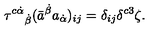
\tau ^ { c \dot { \alpha } } { } _ { \dot { \beta } } ( \bar { a } ^ { \dot { \beta } } a _ { \dot { \alpha } } ) _ { i j } = \delta _ { i j } \delta ^ { c 3 } \zeta .